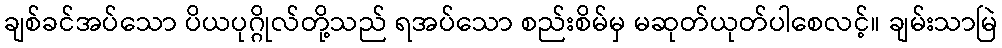
ချစ်ခင်အပ်သော ပိယပုဂ္ဂိုလ်တို့သည် ရအပ်သော စည်းစိမ်မှ မဆုတ်ယုတ်ပါစေလင့်။ ချမ်းသာမြဲ